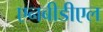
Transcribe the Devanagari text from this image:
एनबीडीएल